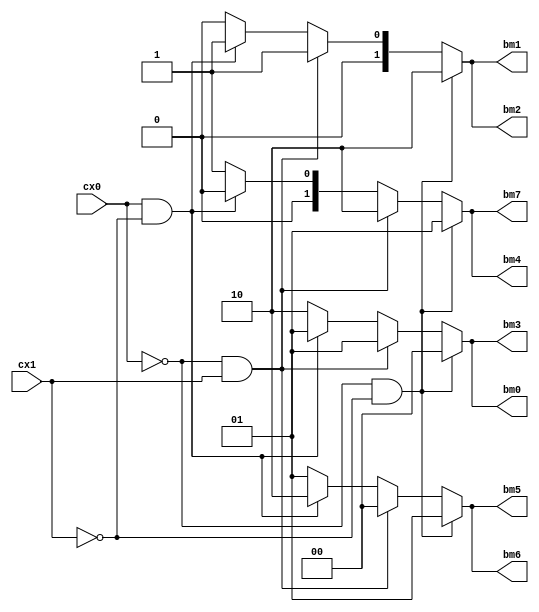
module bmu (cx0, cx1, bm0, bm1, bm2, bm3, bm4, bm5, bm6, bm7);
   output [1:0] bm0, bm1, bm2, bm3, bm4, bm5, bm6, bm7;
   input  	cx0, cx1;
   reg [1:0] 	bm0, bm1, bm2, bm3, bm4, bm5, bm6, bm7;
   always@ (cx0 or cx1)
	 begin
	    if (cx0==0 && cx1==0)
	      begin
	        bm0 <= 2'd0; 
	    	bm1 <= 2'd2; 
	   		bm2 <= 2'd2; 
	    	bm3 <= 2'd0; 
	    	bm4 <= 2'd1; 
	    	bm5 <= 2'd1; 
	    	bm6 <= 2'd1; 
	    	bm7 <= 2'd1; 
	      end
	    else if (cx0==0 && cx1==1)
	      begin
	        bm0 <= 2'd1; 
	    	bm1 <= 2'd1; 
	   		bm2 <= 2'd1; 
	    	bm3 <= 2'd1; 
	    	bm4 <= 2'd2; 
	    	bm5 <= 2'd0; 
	    	bm6 <= 2'd0; 
	    	bm7 <= 2'd2; 
	      end
	    else if (cx0==1 && cx1==0)
	      begin
	        bm0 <= 2'd1; 
	    	bm1 <= 2'd1; 
	   		bm2 <= 2'd1; 
	    	bm3 <= 2'd1; 
	    	bm4 <= 2'd0; 
	    	bm5 <= 2'd2; 
	    	bm6 <= 2'd2; 
	    	bm7 <= 2'd0; 
	      end
	    else 
	      begin
	        bm0 <= 2'd2; 
	    	bm1 <= 2'd0; 
	   		bm2 <= 2'd0; 
	    	bm3 <= 2'd2; 
	    	bm4 <= 2'd1; 
	    	bm5 <= 2'd1; 
	    	bm6 <= 2'd1; 
	    	bm7 <= 2'd1; 
	      end
	 end 
endmodule